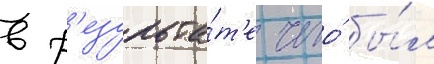
в р'езульта́т'е чего́ бы́л